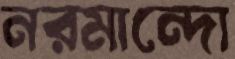
নরমান্দো